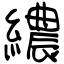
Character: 繷